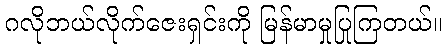
ဂလိုဘယ်လိုက်ဇေးရှင်းကို မြန်မာမှုပြုကြတယ်။